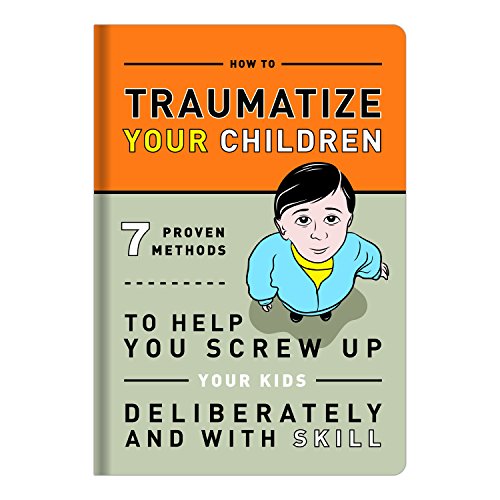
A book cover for How to Traumatize Your Children: 7 Proven Methods to Help You Screw Up Your Kids Deliberately and with Skill; Humor & Entertainment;